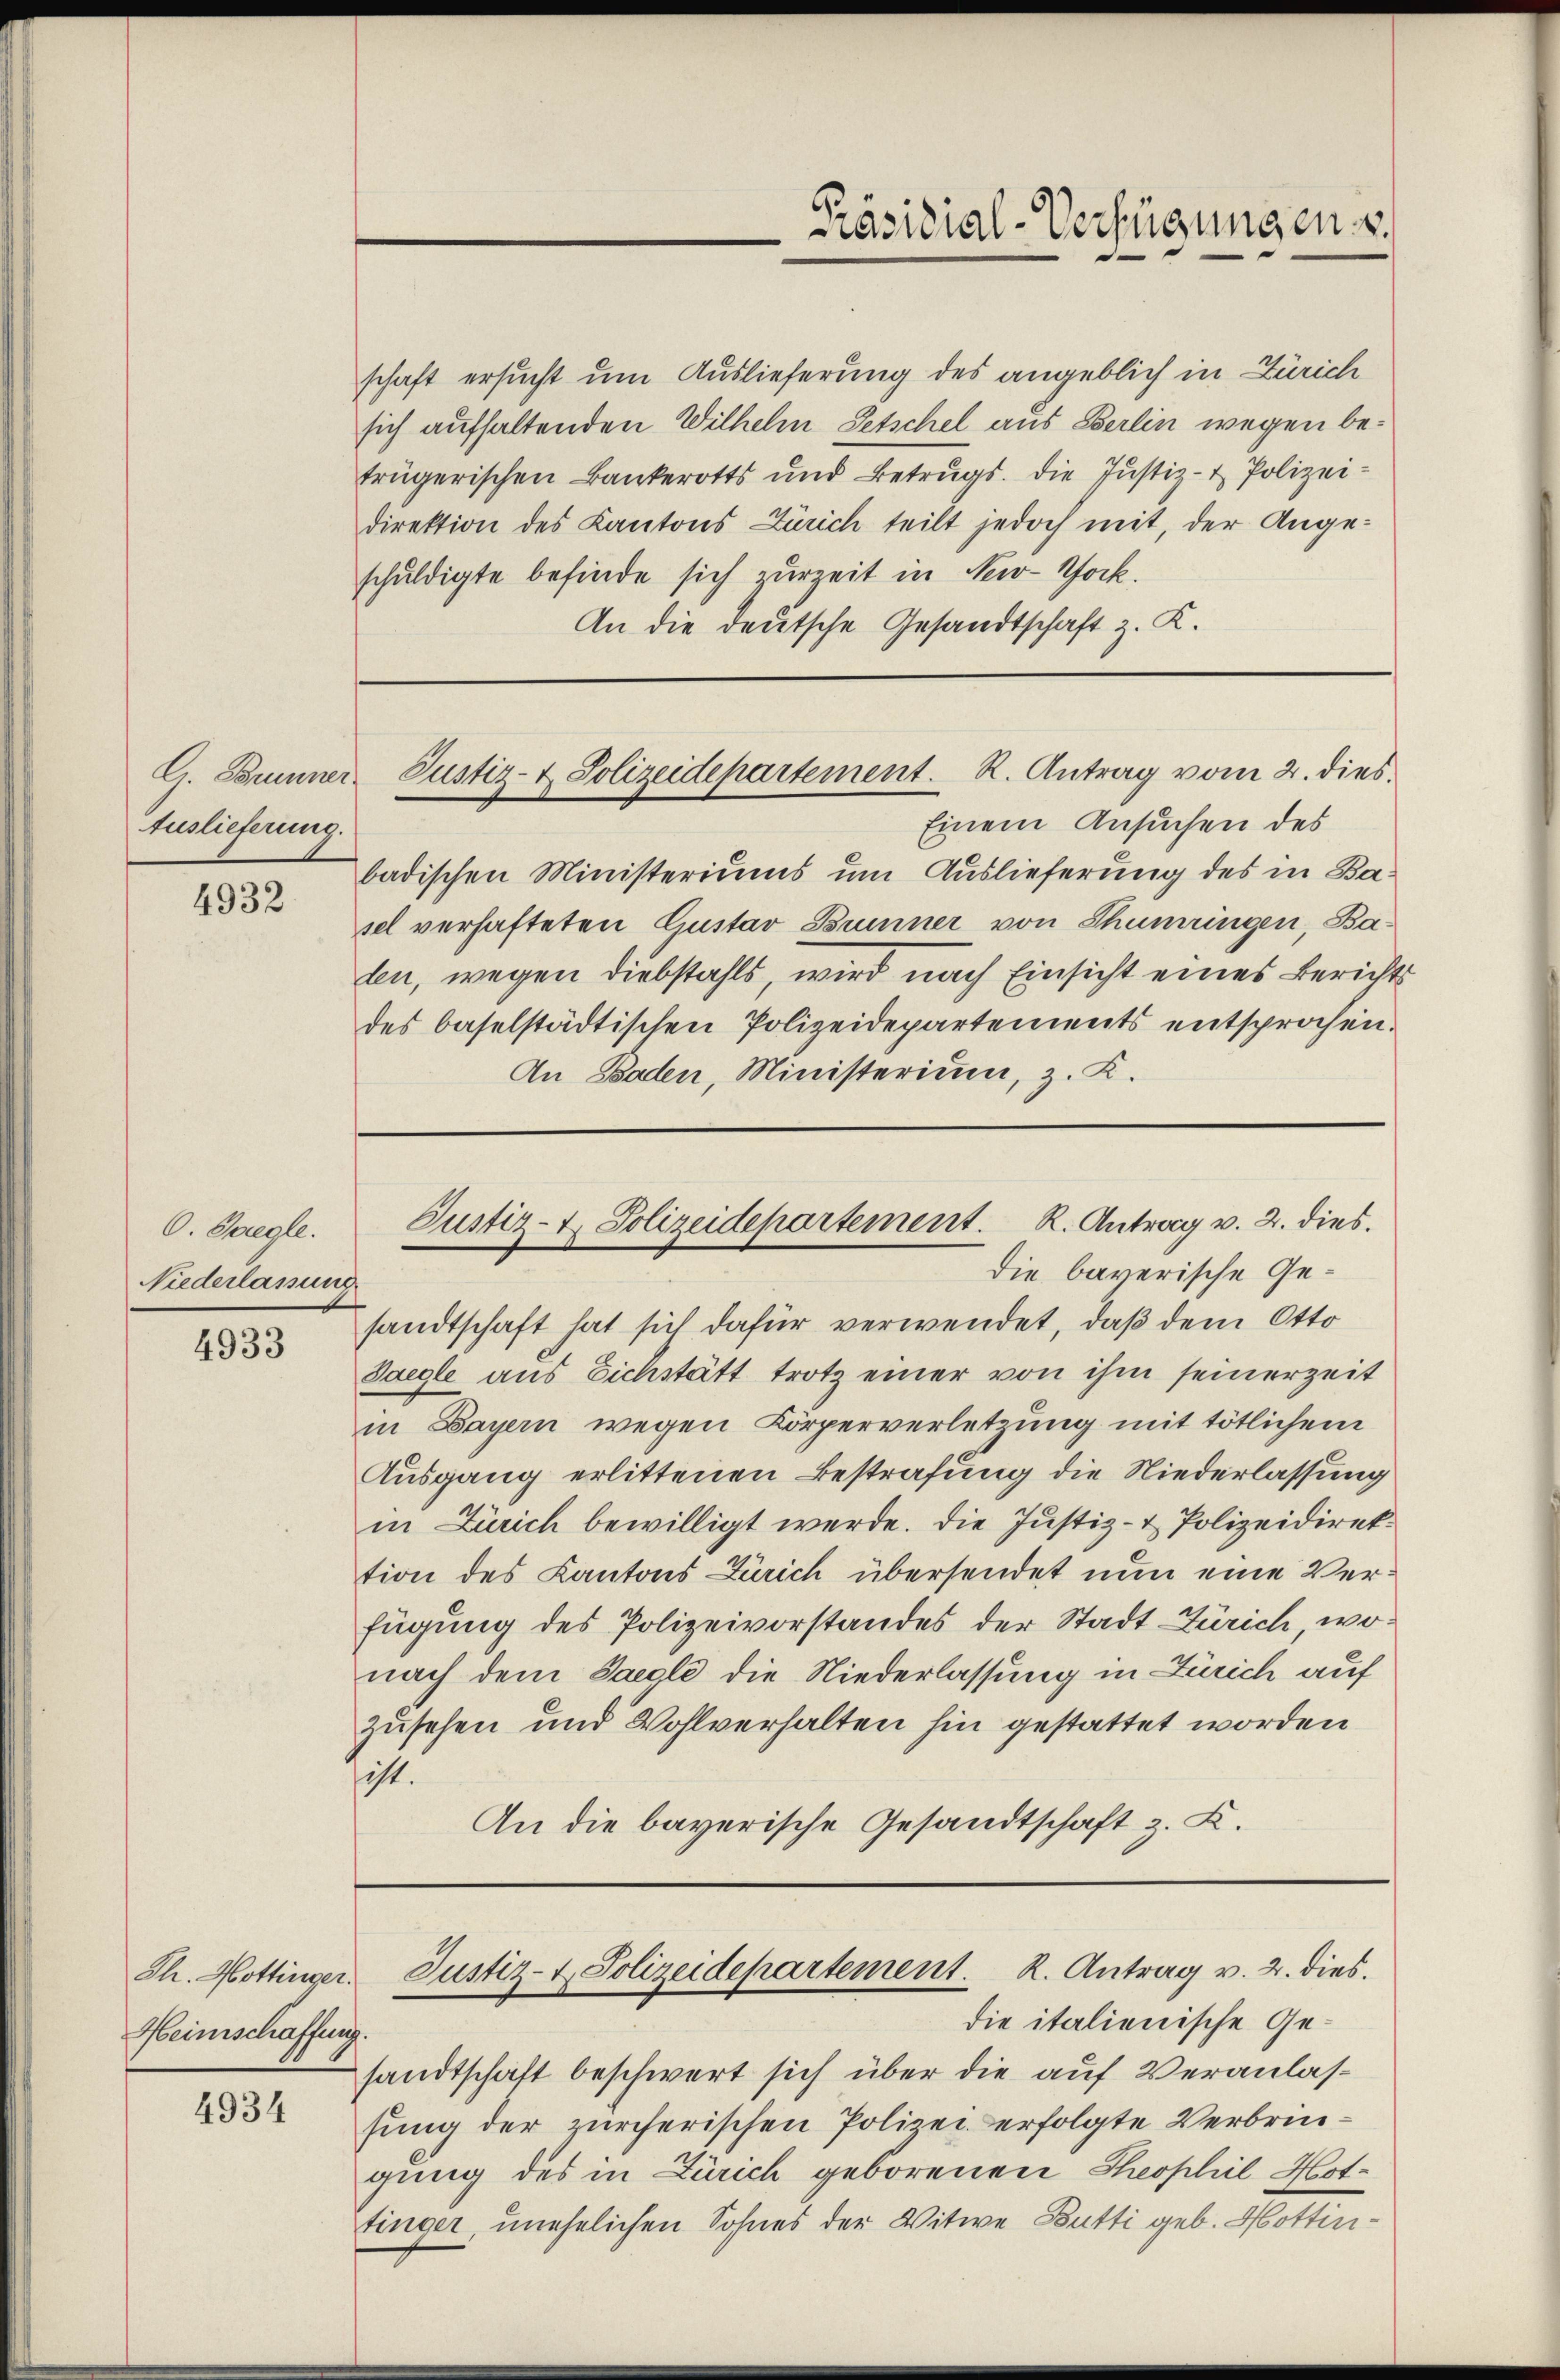
Auslieferung.

4932

6. Jaegle
Niederlassung

4933

Th. Hottinger.
Heimschaffung.

4934

schaft ersucht um Auslieferung des angeblich in Zürich
sich aufhaltenden Wilhelm Petschel aus Berlin wegen betrügerischen Bankerotts und Betrugs. Die Justiz- & Polizeidirektion des Kantons Zürich teilt jedoch mit, der Ange-
schuldigte befinde sich zurzeit in Ner-Tock.
An die deutsche Gesandtschaft z. K.

Einem Ansuchen des
badischen Ministeriums um Auslieferung des in Basel verhafteten Ciustav Brunner von Thumringen, Baden, wegen Diebstahls, wird nach Einsicht eines Berichts
des baselstädtischen Polizeidepartements entsprochen.
An Baden, Ministerium, z. K.
die barerische Gesandtschaft hat sich dafür verwendet, daß dem Otto
Saegle aus Eichstätt trotz einer von ihm seinerzeit
in Bayern wegen Körperverletzung mit tötlichem
Ausgang erlittenen Bestrafung die Niederlassung
in Zürich bewilligt werde. Die Justiz- & Polizeidirektion des Kantons Zürich übersendet nun eine Verfügung des Polizeivorstandes der Stadt Zürich, wonach dem Saale die Niederlassung in Zürich auf
zusehen und Wohlverhalten hin gestattet worden
sicht.
An die bayerische Gesandtschaft z. K.

Präsidial-Verfügungen.

G. Brunner Justiz- & Polizeidepartement. R. Antrag vom 2. dies

Justiz- & Polizeidepartement. K. Antrag v. 2. dies

die italienische Gesandtschaft beschwert sich über die auf Veranlassung der zürcherischen Polizei erfolgte Verbringung des in Zürich geborenen Theophil Hottinger, unehelichen Sohnes der Witwe Butti geb. Hottin¬

Justiz- & Polizeidepartement. K. Antrag v. 2. dies